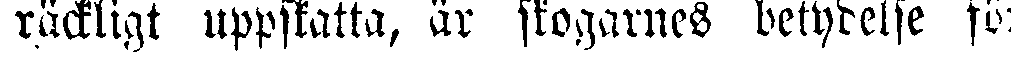
räckligt uppskatta, är skogarnes betydelse för